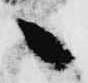
へ